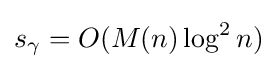
s_{\gamma }=O(M(n)\log ^{2}n)